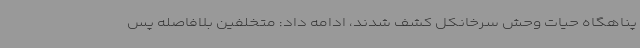
پناهگاه حیات وحش سرخانکل کشف شدند، ادامه داد: متخلفین بلافاصله پس